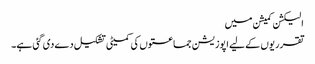
الیکشن کمیشن میں
تقرریوں کے لیے اپوزیشن جماعتوں کی کمیٹی تشکیل دے دی گئی ہے۔